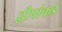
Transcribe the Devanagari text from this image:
द्वीपांकडे